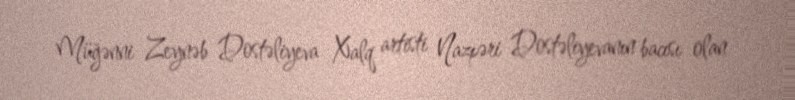
Müğənni Zeynəb Dostəliyeva Xalq artisti Nazpəri Dostəliyevanın bacısı olan